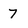
Character: 7